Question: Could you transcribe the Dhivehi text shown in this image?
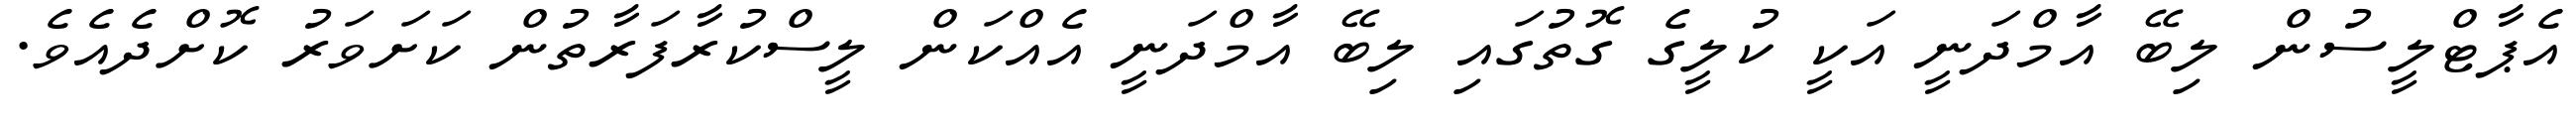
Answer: އެޕާޓްލީސުން ލިބޭ އާމްދަނީ އަކީ ކުލީގެ ގޮތުގައި ލިބޭ އާމްދަނީ އެއްކަން ލީސްކުރާފަރާތުން ކަށަވަރު ކޮށްދެއެވެ.